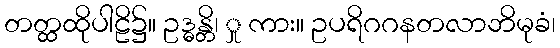
တတ္ထထိုပါဠိ၌။ ဥဒ္ဓန္တိ၊ ှု ကား။ ဥပရိဂဂနတလာဘိမုခံ၊